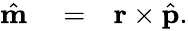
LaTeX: \begin{array}{rlr}{\hat{\mathbf m}}&{{}=}&{{\mathbf r}\times\hat{\mathbf p}.}\end{array}